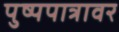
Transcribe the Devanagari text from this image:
पुष्पपात्रावर